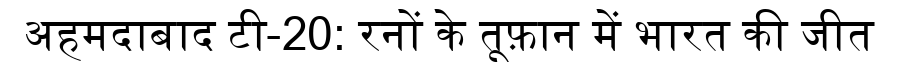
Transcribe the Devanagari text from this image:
अहमदाबाद टी-20: रनों के तूफ़ान में भारत की जीत